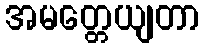
အမတ္တေယျတာ